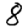
Digit: 8